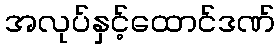
အလုပ်နှင့်ထောင်ဒဏ်